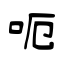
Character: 呃